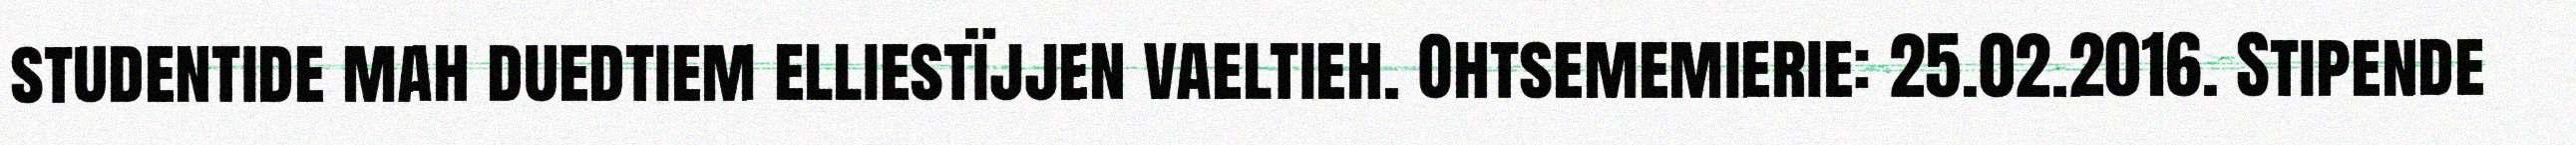
studentide mah duedtiem elliestïjjen vaeltieh. Ohtsememierie: 25.02.2016. Stipende